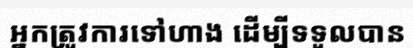
អ្នកត្រូវការទៅហាង ដើម្បីទទួលបាន